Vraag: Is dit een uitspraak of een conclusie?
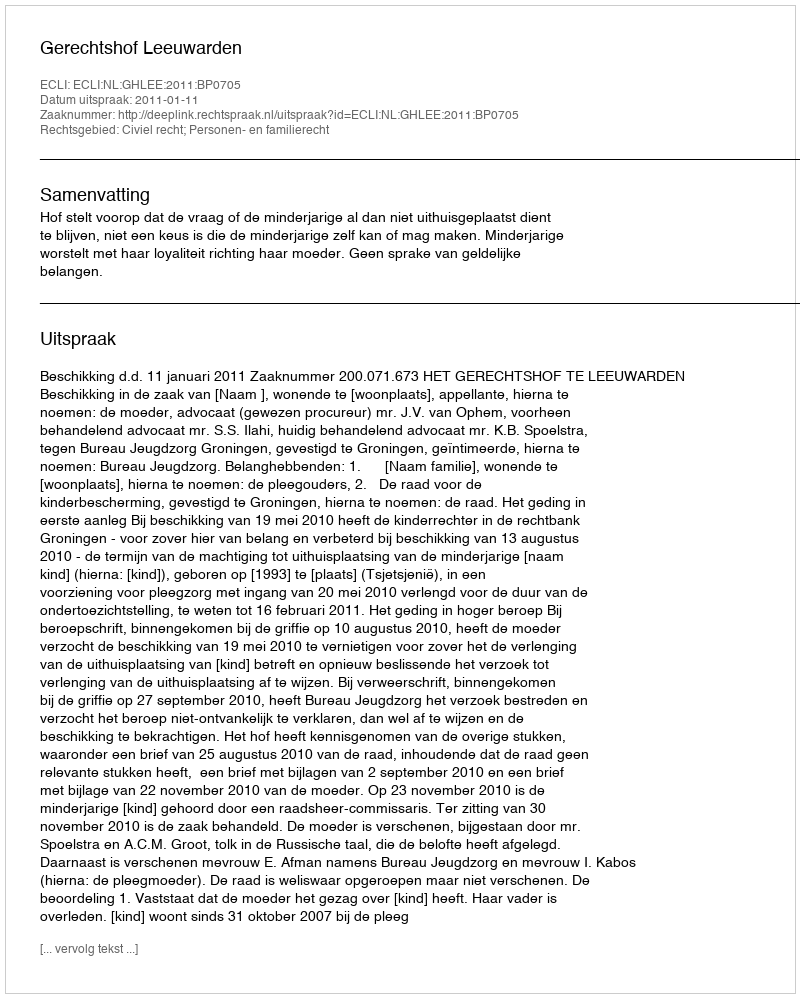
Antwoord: Uitspraak